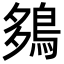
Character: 𪀩